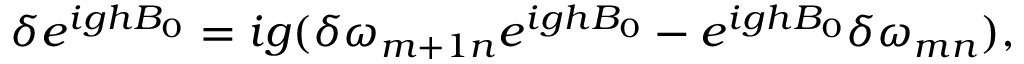
\delta e ^ { i g h B _ { 0 } } = i g ( \delta \omega _ { m + 1 n } e ^ { i g h B _ { 0 } } - e ^ { i g h B _ { 0 } } \delta \omega _ { m n } ) ,